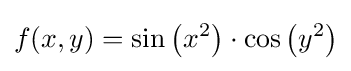
f(x,y)=\sin \left(x^{2}\right)\cdot \cos \left(y^{2}\right)